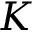
K